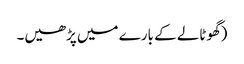
(گھوٹالے کے بارے میں پڑھیں۔